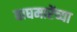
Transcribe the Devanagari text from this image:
वाघमारेंच्या